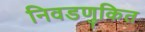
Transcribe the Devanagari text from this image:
निवडणुकित